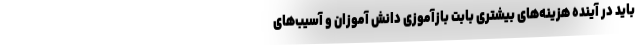
باید در آینده هزینه‌های بیشتری بابت بازآموزی دانش آموزان و آسیب‌های